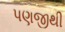
પણજીથી